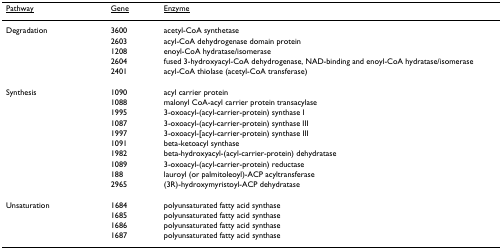
<table><thead><tr><td><b><underline>Pathway</underline></b></td><td><b><underline>Gene</underline></b></td><td><b><underline>Enzyme</underline></b></td></tr></thead><tbody><tr><td>Degradation</td><td>3600</td><td>acetyl-CoA synthetase</td></tr><tr><td></td><td>2603</td><td>acyl-CoA dehydrogenase domain protein</td></tr><tr><td></td><td>1208</td><td>enoyl-CoA hydratase/isomerase</td></tr><tr><td></td><td>2604</td><td>fused 3-hydroxyacyl-CoA dehydrogenase, NAD-binding and enoyl-CoA hydratase/isomerase</td></tr><tr><td></td><td>2401</td><td>acyl-CoA thiolase (acetyl-CoA transferase)</td></tr><tr><td>Synthesis</td><td>1090</td><td>acyl carrier protein</td></tr><tr><td></td><td>1088</td><td>malonyl CoA-acyl carrier protein transacylase</td></tr><tr><td></td><td>1995</td><td>3-oxoacyl-(acyl-carrier-protein) synthase I</td></tr><tr><td></td><td>1087</td><td>3-oxoacyl-(acyl-carrier-protein) synthase III</td></tr><tr><td></td><td>1997</td><td>3-oxoacyl-[acyl-carrier-protein) synthase III</td></tr><tr><td></td><td>1091</td><td>beta-ketoacyl synthase</td></tr><tr><td></td><td>1982</td><td>beta-hydroxyacyl-(acyl-carrier-protein) dehydratase</td></tr><tr><td></td><td>1089</td><td>3-oxoacyl-(acyl-carrier-protein) reductase</td></tr><tr><td></td><td>188</td><td>lauroyl (or palmitoleoyl)-ACP acyltransferase</td></tr><tr><td></td><td>2965</td><td>(3R)-hydroxymyristoyl-ACP dehydratase</td></tr><tr><td>Unsaturation</td><td>1684</td><td>polyunsaturated fatty acid synthase</td></tr><tr><td></td><td>1685</td><td>polyunsaturated fatty acid synthase</td></tr><tr><td></td><td>1686</td><td>polyunsaturated fatty acid synthase</td></tr><tr><td></td><td>1687</td><td>polyunsaturated fatty acid synthase</td></tr></tbody></table>